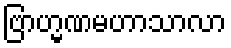
ဗြာဟ္မဏမဟာသာလာ